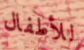
للأطفال